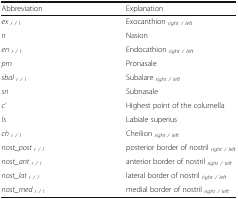
<table><thead><tr><td><b>Abbreviation</b></td><td><b>Explanation</b></td></tr></thead><tbody><tr><td><i>ex</i><sub><i>r / l</i></sub></td><td>Exocanthion <sub><i>right / left</i></sub></td></tr><tr><td><i>n</i></td><td>Nasion</td></tr><tr><td><i>en</i><sub><i>r / l</i></sub></td><td>Endocathion <sub><i>right / left</i></sub></td></tr><tr><td><i>prn</i></td><td>Pronasale</td></tr><tr><td><i>sbal</i><sub><i>r / l</i></sub></td><td>Subalare <sub><i>right / left</i></sub></td></tr><tr><td><i>sn</i></td><td>Subnasale</td></tr><tr><td><i>c’</i></td><td>Highest point of the columella</td></tr><tr><td><i>ls</i></td><td>Labiale superius</td></tr><tr><td><i>ch</i><sub><i>r / l</i></sub></td><td>Cheilion <sub><i>right / left</i></sub></td></tr><tr><td><i>nost_post</i><sub><i>r / l</i></sub></td><td>posterior border of nostril <sub><i>right / left</i></sub></td></tr><tr><td><i>nost_ant</i><sub><i>r / l</i></sub></td><td>anterior border of nostril <sub><i>right / left</i></sub></td></tr><tr><td><i>nost_lat</i><sub><i>r / l</i></sub></td><td>lateral border of nostril <sub><i>right / left</i></sub></td></tr><tr><td><i>nost_med</i><sub><i>r / l</i></sub></td><td>medial border of nostril <sub><i>right / left</i></sub></td></tr></tbody></table>